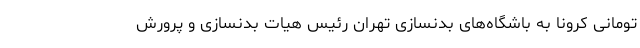
تومانی کرونا به باشگاه‌های بدنسازی تهران رئیس هیات بدنسازی و پرورش